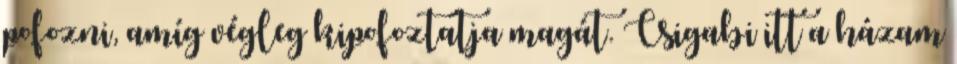
pofozni, amíg végleg kipofoztatja magát. Csigabi itt a házam